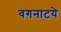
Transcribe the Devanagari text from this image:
वगनाटये